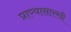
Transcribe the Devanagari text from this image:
प्राण्यासारखी